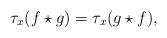
LaTeX: \begin{align*}\tau_x(f \star g) = \tau_x (g \star f),\end{align*}